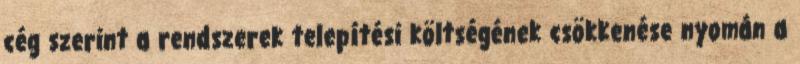
cég szerint a rendszerek telepítési költségének csökkenése nyomán a